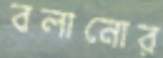
বলানোর